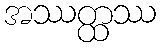
အဿတ္ထဿ